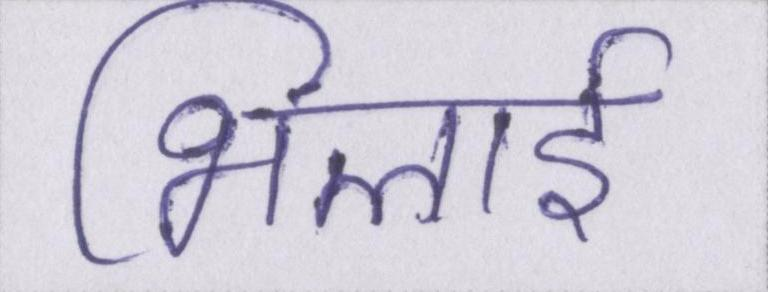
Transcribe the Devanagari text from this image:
भिलाई